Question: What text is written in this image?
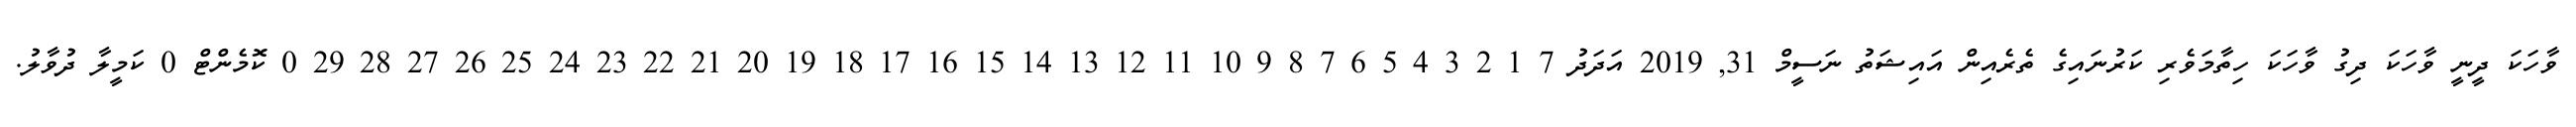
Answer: ވާހަކަ ދީނީ ވާހަކަ ދިގު ވާހަކަ ހިތާމަވެރި ކަރުނައިގެ ތެރެއިން އައިޝަތު ނަސީމް 31, 2019 އަދަދު 7 1 2 3 4 5 6 7 8 9 10 11 12 13 14 15 16 17 18 19 20 21 22 23 24 25 26 27 28 29 0 ކޮމެންޓް 0 ކަމީލާ ދުވާލު.